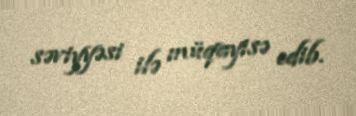
səviyyəsi ilə müqayisə edib.